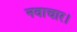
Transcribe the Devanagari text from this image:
नवाचार।